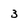
Character: 3